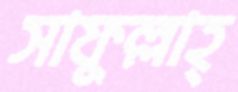
সাফুল্লাহ্